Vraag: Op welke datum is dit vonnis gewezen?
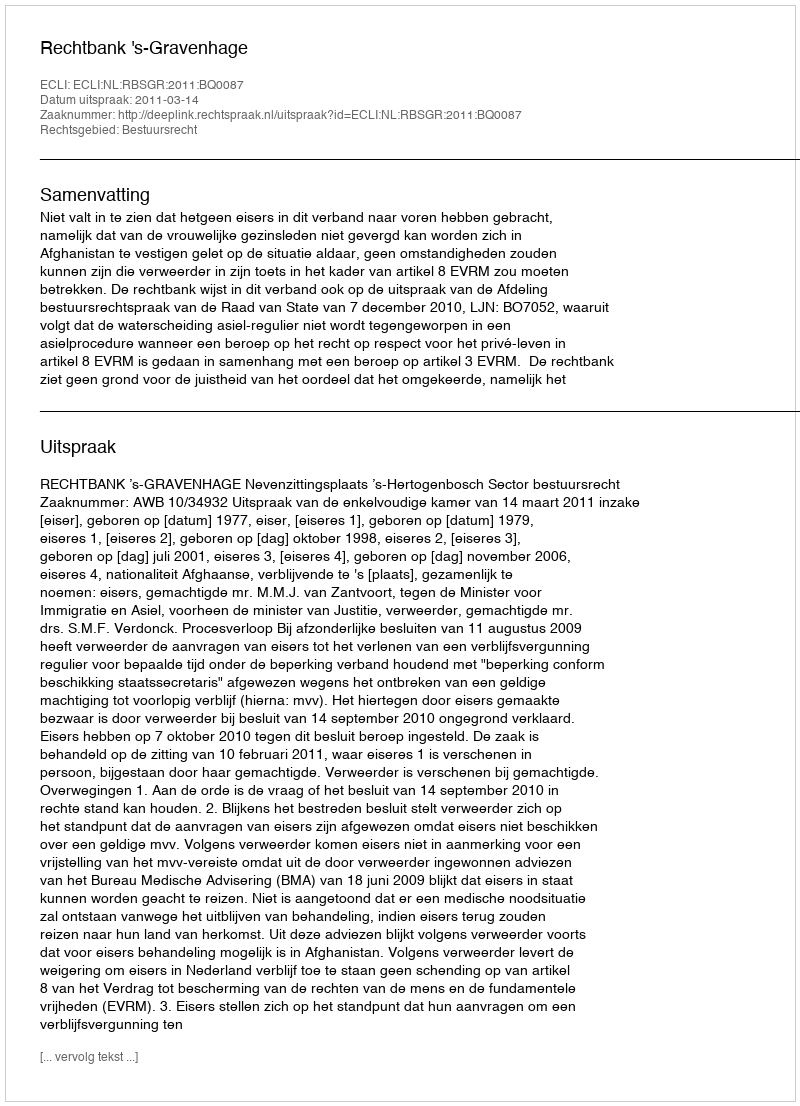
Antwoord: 2011-03-14